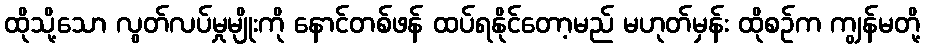
ထိုသို့သော လွတ်လပ်မှုမျိုးကို နောင်တစ်ဖန် ထပ်ရနိုင်တော့မည် မဟုတ်မှန်း ထိုစဉ်က ကျွန်မတို့